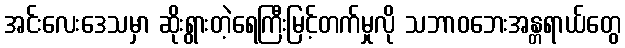
အင်းလေးဒေသမှာ ဆိုးရွားတဲ့ရေကြီးမြင့်တက်မှုလို သဘာဝဘေးအန္တရာယ်တွေ